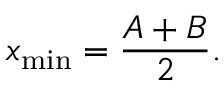
x _ { \mathrm { m i n } } = \frac { A + B } { 2 } .